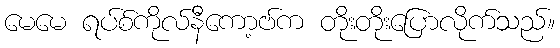
မေမေ ရပ်စ်ကိုလ်နီကော့ဗ်က တိုးတိုးပြောလိုက်သည်။